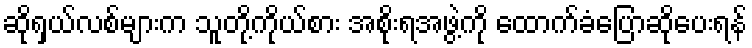
ဆိုရှယ်လစ်များက သူတို့ကိုယ်စား အစိုးရအဖွဲ့ကို ထောက်ခံပြောဆိုပေးရန်